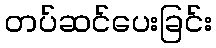
တပ်ဆင်ပေးခြင်း